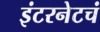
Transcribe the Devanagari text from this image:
इंटरनेटचं